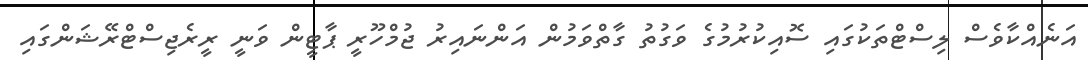
އަނެއްކާވެސް ލިސްޓްތަކުގައި ސޮއިކުރުމުގެ ވަގުތު ގާތްވަމުން އަންނައިރު ޖުމްހޫރީ ޕާޓީން ވަނީ ރީރެޖިސްޓްރޭޝަންގައި